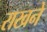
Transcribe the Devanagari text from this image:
राखने